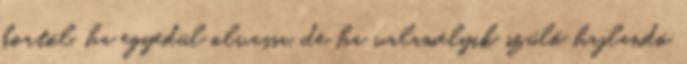
kortól, ha egyedül olvassa, de ha valamelyik szülő hajlandó